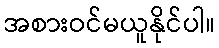
အစားဝင်မယူနိုင်ပါ။